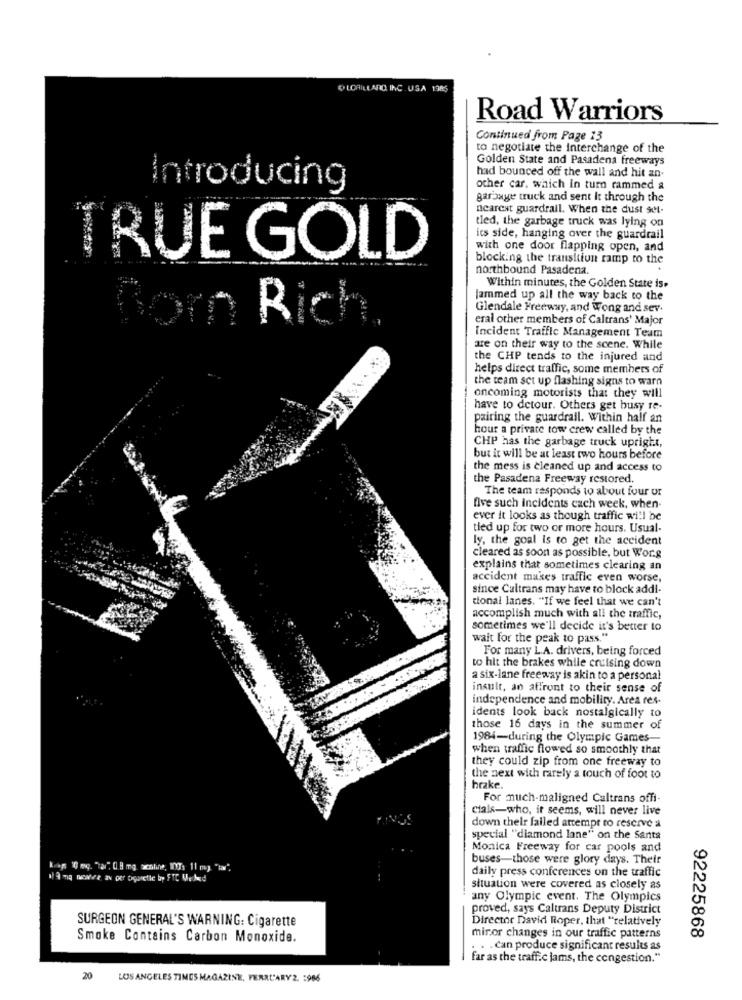
O LORILLARD INC USA 1385
Road Warriors
Continued from Page 13
to negotiate the Interchange of the
Golden State and Pasadena freeways
had bounced off the wall and hit an-
Introducing
other car, which in turn rammed &
garbage truck and sent it through the
nearest guardrail. When the dust set-
tled, the garbage truck was lying on
its side, hanging over the guardrail
with one door flapping open, and
TRUE GOLD
blocking the transition ramp to the
northbound Pasadena.
Within minutes, the Golden State is»
Jammed up all the way back to the
Glendale Freeway, and Wong and sev.
for Rich
eral other members of Caltrans' Major
Incident Traffic Management Team
are on their way to the scene. While
the CHP tends to the injured and
helps direct traffic, some members of
the team set up flashing signs to warn
oncoming motorists that they will
have to detour. Others get busy re-
pairing the guardrail. Within half an
hour a private tow crew called by the
CHP has the garbage truck upright,
but it will be at least two hours before
the mess is cleaned up and access to
the Pasadena Freeway restored.
The team responds to about four ur
five such incidents cach week, when-
ever it looks as though traffic will be
tied up for two or more hours. Usual-
ly, the goal is to get the accident
cleared as soon as possible, but Wor.g
explains that sometimes clearing an
accident makes traffic even worse,
since Caltrans may have to block addi-
tional lanes. "If we feel that we can't
accomplish much with all the traffic,
sometimes we'll decide it's better to
wait for the peak to pass."
For many L.A. drivers, being forced
to hit the brakes while cruising down
a six-lane freeway is akin to a personal
insult, an affront to their sense of
independence and mobility. Area res.
idents look back nostalgically to
those 16 days in the summer of
1984-during the Olympic Games-
when traffic flowed so smoothly that
they could zip from one freeway to
the next with rarely a touch of foot to
hrake.
For much-maligned Caltrans offi-
Cials-who, it seems, will never live
down their failed attempt to reserve a
special "diamond lane" on the Santa
Monica Freeway for car pools and
buses-those were glory days. Their
King 10 mg. "Tar" (.8 mg. achtine, 1003 11 mg "lar"
daily press conferences on the traffic
situation were covered as closely as
any Olympic event. The Olympics
proved, says Caltrans Deputy District
SURGEON GENERAL'S WARNING: Cigarette
Director David Roper, that "relatively
Smoke Contains Carbon Monoxide.
minor changes in our traffic patterns
92225868
. . . Can produce significant results as
far as the traffic jams, the congestion."
20
LOS ANGELES TIMES MAGAZINE, FERRL'ARY 2. : 986